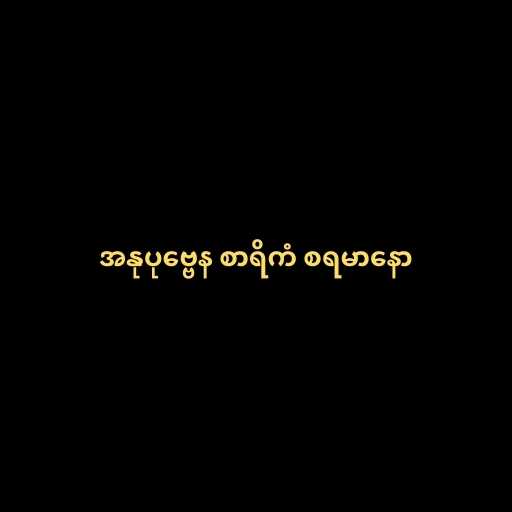
အနုပုဗ္ဗေန စာရိကံ စရမာနော